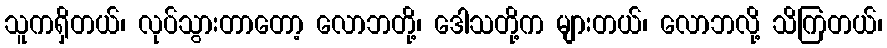
သူကရှိတယ်၊ လုပ်သွားတာတော့ လောဘတို့၊ ဒေါသတို့က များတယ်၊ လောဘလို့ သိကြတယ်၊